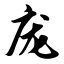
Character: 庞